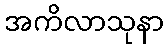
အကိလာသုနာ